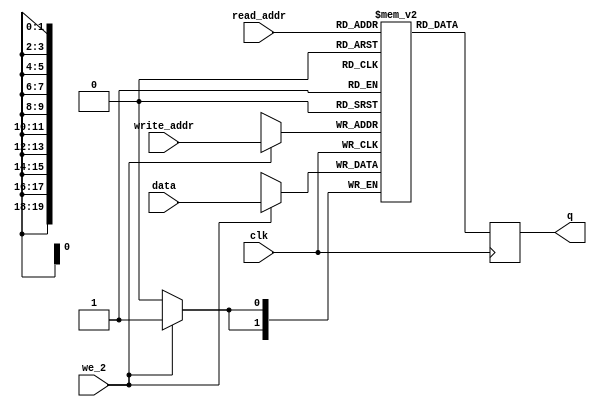
module FB_green_mem
#(parameter DATA_WIDTH=2, parameter ADDR_WIDTH=20)
(
	input [(DATA_WIDTH-1):0] data,
	input [(ADDR_WIDTH-1):0] read_addr, write_addr,
	input we_2, clk,
	output reg [(DATA_WIDTH-1):0] q
);

	// Declare the RAM variable
	reg [DATA_WIDTH-1:0] g_ram[614399:0];
	
	always @ (posedge clk)
	begin
		// Write
		if (we_2)
		   begin
			g_ram[write_addr] <= data;
         end
	end
	
	always @ (posedge clk)
	begin
		// Read (if read_addr == write_addr, return OLD data).	To return
		// NEW data, use = (blocking write) rather than <= (non-blocking write)
		// in the write assignment.	 NOTE: NEW data may require extra bypass
		// logic around the RAM.
		
		   q <= g_ram[read_addr];
			//g_ram[read_addr] = 0;
			
	end


endmodule